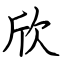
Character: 欣